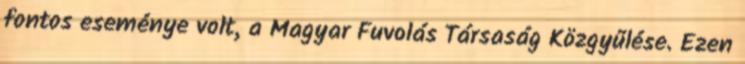
fontos eseménye volt, a Magyar Fuvolás Társaság Közgyűlése. Ezen